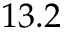
1 3 . 2